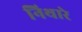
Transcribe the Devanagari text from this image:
निथारे